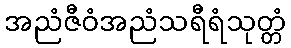
အညံဇီဝံအညံသရီရံသုတ္တံ